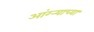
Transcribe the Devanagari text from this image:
आंग्र्‍याच्या